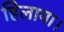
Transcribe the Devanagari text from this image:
हिलाया।